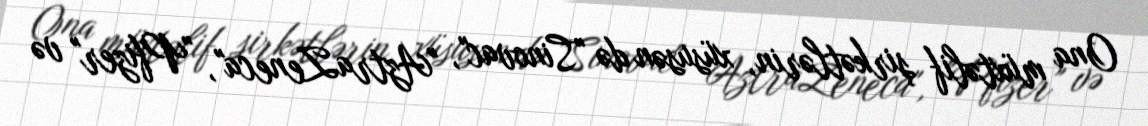
Ona müxtəlif şirkətlərin, xüsusən də "Sinovac", "AztraZeneca", "Pfizer" və